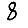
Digit: 8